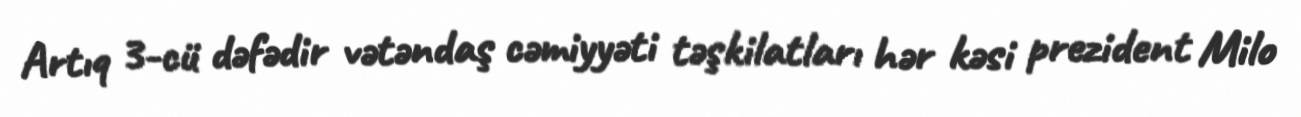
Artıq 3-cü dəfədir vətəndaş cəmiyyəti təşkilatları hər kəsi prezident Milo